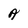
Character: A